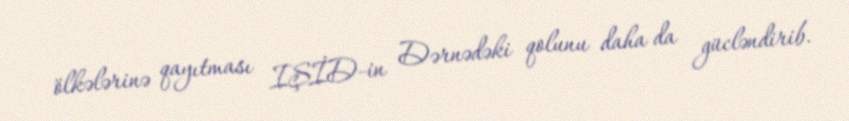
ölkələrinə qayıtması IŞİD-in Dərnədəki qolunu daha da gücləndirib.